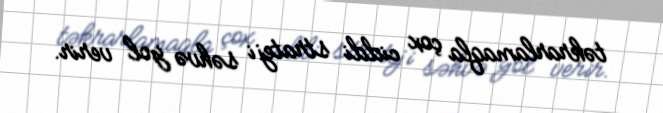
təkrarlamaqla çox ciddi strateji səhvə yol verir.